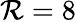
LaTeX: \mathcal{R}=8